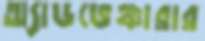
অ্যাডভেঞ্চারার